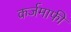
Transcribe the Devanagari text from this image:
कर्जमाफी